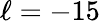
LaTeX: \ell=-15